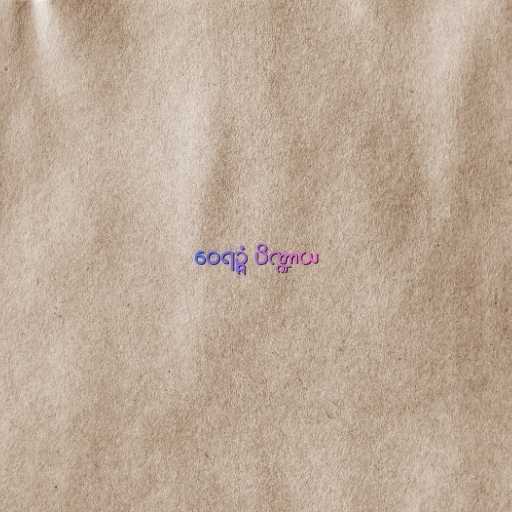
ဝေရဉ္ဇံ ပိဏ္ဍာယ